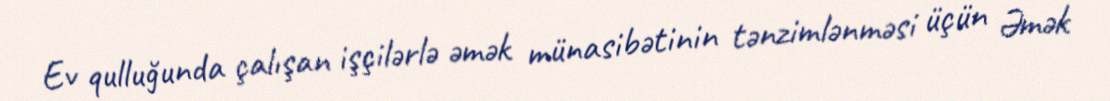
Ev qulluğunda çalışan işçilərlə əmək münasibətinin tənzimlənməsi üçün Əmək